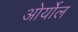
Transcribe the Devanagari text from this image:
ओर्योल